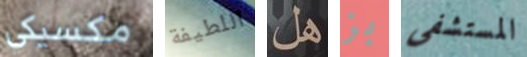
مكسيكي اللطيفة هل بز المستشفى